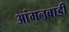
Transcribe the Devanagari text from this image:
आंगनबाडी